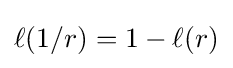
\ell (1/r)=1-\ell (r)